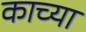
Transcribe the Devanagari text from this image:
काच्या